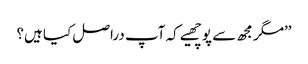
’’مگر مجھ سے پوچھیے کہ آپ دراصل کیا ہیں؟